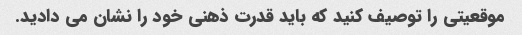
موقعیتی را توصیف کنید که باید قدرت ذهنی خود را نشان می دادید.